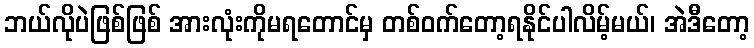
ဘယ်လိုပဲဖြစ်ဖြစ် အားလုံးကိုမရတောင်မှ တစ်ဝက်တော့ရနိုင်ပါလိမ့်မယ်၊ အဲဒီတော့